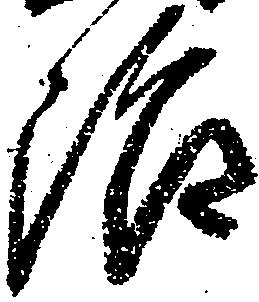
治